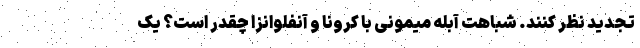
تجدید نظر کنند. شباهت آبله میمونی با کرونا و آنفلوانزا چقدر است؟ یک